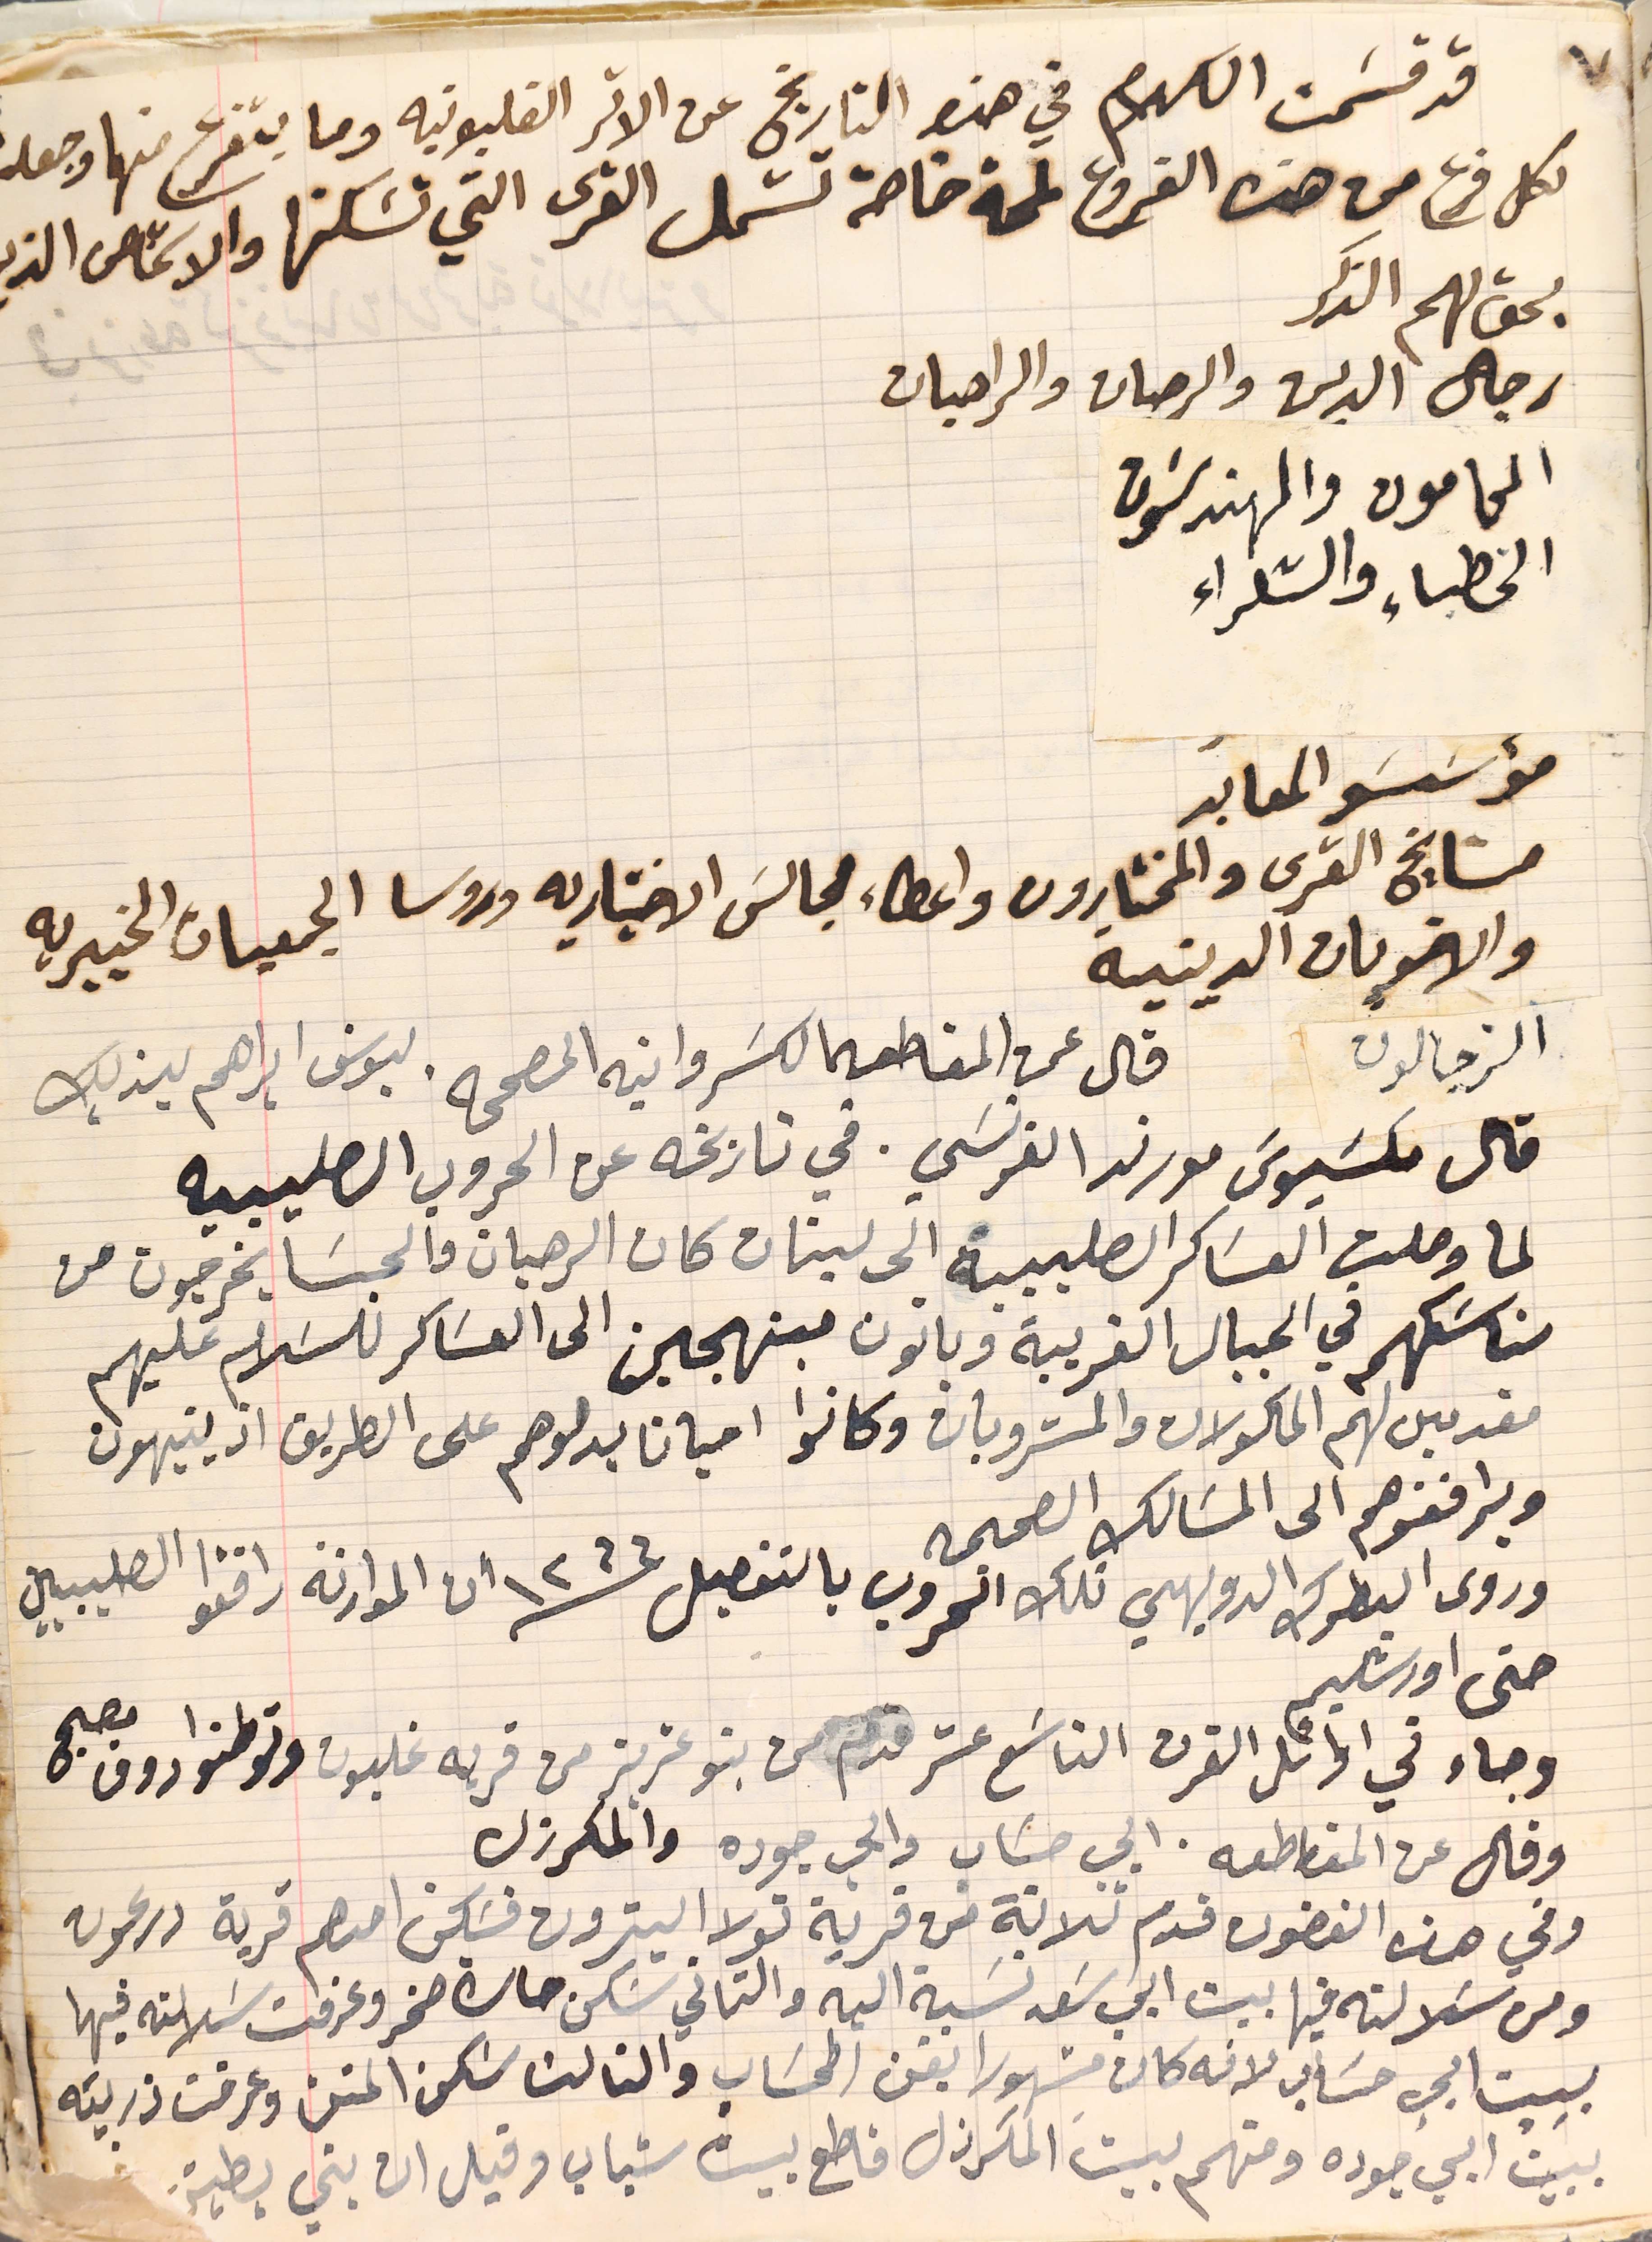
قد قسَمت الكلام في هذا التاريخ عن الاثر الغلبونيه وما يتفرع منها وجعل
لكل فرع من هذه الفروع لمحة خاصة تشمل القرى التي تسَكنها والاشخاص الذي
يحق لهم الذكر
رجال الدين والرهبان والراهبات
الخطباء والشعراء
مؤسَسَو المعابد
مشايخ القرى والمختارون واعضاء مجالسَ الاختياريه وروسا الجمعيات الخيرية
والاخويات الدينية
الزجالون قال عن المقاطعه الكسَرواتيه المصححه. ليوسف ابراهيم يزبك
قال مكسَيوسَ مورند الفرنسَي. في تاريخه عن الحروب الصليبيه
 لما وصلت العسَاكر الصليبية الى لبنان كان الرهبان والحبسَا يخرجون من
مناسَكهم في الجبال الغربية وياتون مبتهجين الى العسَاكر للسَلام عليهم
مقدمين لهم الماكولات والمشروبات وكانوا احيانا يدلوهم على الطريق اذ يتيهون
ويرافقوهم الى المسَالك الصحيحه
وروى البطرك الدويهي تلك الحروب بالتفصيل سنة  ١٢٦٦ ان الموارنة رافقوا الصليبيين
وجاء في اوائل القرن التاسَع عشر قدم من بنو عزيز من قربه غلبون وتوطنوا دوق مصبح
وقال عن المقاطعه. ابي حسَاب وابي جوده والمكرزل
وفي هذه الغضون قدم ثلاتة من قرية تولا البترون فسَكن احدهم قرية درعون
ومن سَلالته فيها بيت ابي سَعد نسَبة اليه والثاني سَكن حارة صخر وعرفت سَلالته فيها
المحامون والمهندسَون
حتى اورشليم
بيت ابي حسَاب لانه كان مشهورا بفن الحسَاب والثالث سكن المتن وعرفت ذريته
ببيت ابي جوده ومنهم بيت المكرزل قاطع بيت شباب وقيل ان بني بطيش